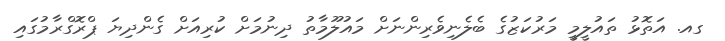
ގއ. އަތޮޅު ތައުލީމީ މަރުކަޒުގެ ބެލެނިވެރިންނަށް މައުލޫމާތު ދިނުމަށް ކުރިއަށް ގެންދިޔަ ޕްރޮގްރާމުގައި